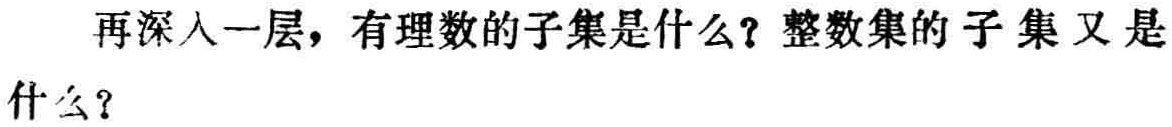
再深入一层，有理数的子集是什么？整数集的子集又是什么？